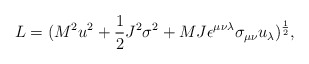
\begin{align*}L = (M^2 u^2 + {1\over 2}J^2 \sigma^2 + MJ\epsilon^{\mu\nu\lambda}\sigma_{\mu\nu}u_\lambda )^{1\over 2},\end{align*}